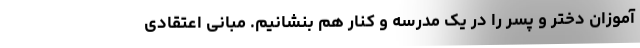
آموزان دختر و پسر را در یک مدرسه و کنار هم بنشانیم. مبانی اعتقادی